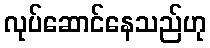
လုပ်ဆောင်နေသည်ဟု